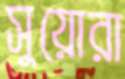
সুয়োরা